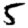
Digit: 5